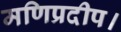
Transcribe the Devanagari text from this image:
मणिप्रदीप।